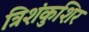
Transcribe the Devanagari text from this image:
त्रिशंकुशिर